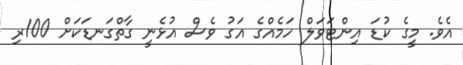
އެވެ. މީގެ ކުޑަ އިންޓަވަލް ހަމެއްގެ އަގު ވެސް އުޅެނީ ގާތްގަނޑަކަށް 100ރި